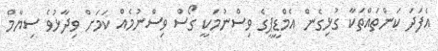
އެފަދަ ކަންތައްތަކާ ގުޅިގެން އެމްޑީޕީގެ ވިސްނުމަކީ ގޯސް ވިސްނުމެއް ކަމަށް ވިދާޅުވެ ސިޔާމް